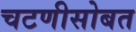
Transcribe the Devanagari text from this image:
चटणीसोबत